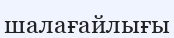
шалағайлығы